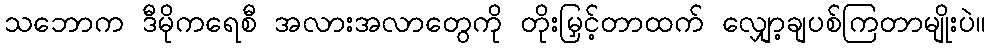
သဘောက ဒီမိုကရေစီ အလားအလာတွေကို တိုးမြှင့်တာထက် လျှော့ချပစ်ကြတာမျိုးပဲ။